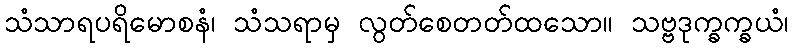
သံသာရပရိမောစနံ၊ သံသရာမှ လွတ်စေတတ်ထသော။ သဗ္ဗဒုက္ခက္ခယံ၊